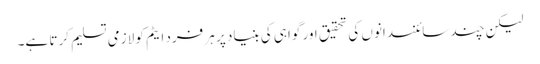
لیکن چند سائنسدانوں کی تحقیق اور گواہی کی بنیاد پر ہر فرد ایٹم کو لازمی تسلیم کرتا ہے۔